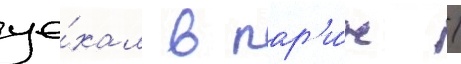
уе́хал в пар'и́ж /